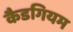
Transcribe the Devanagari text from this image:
कैडगियम